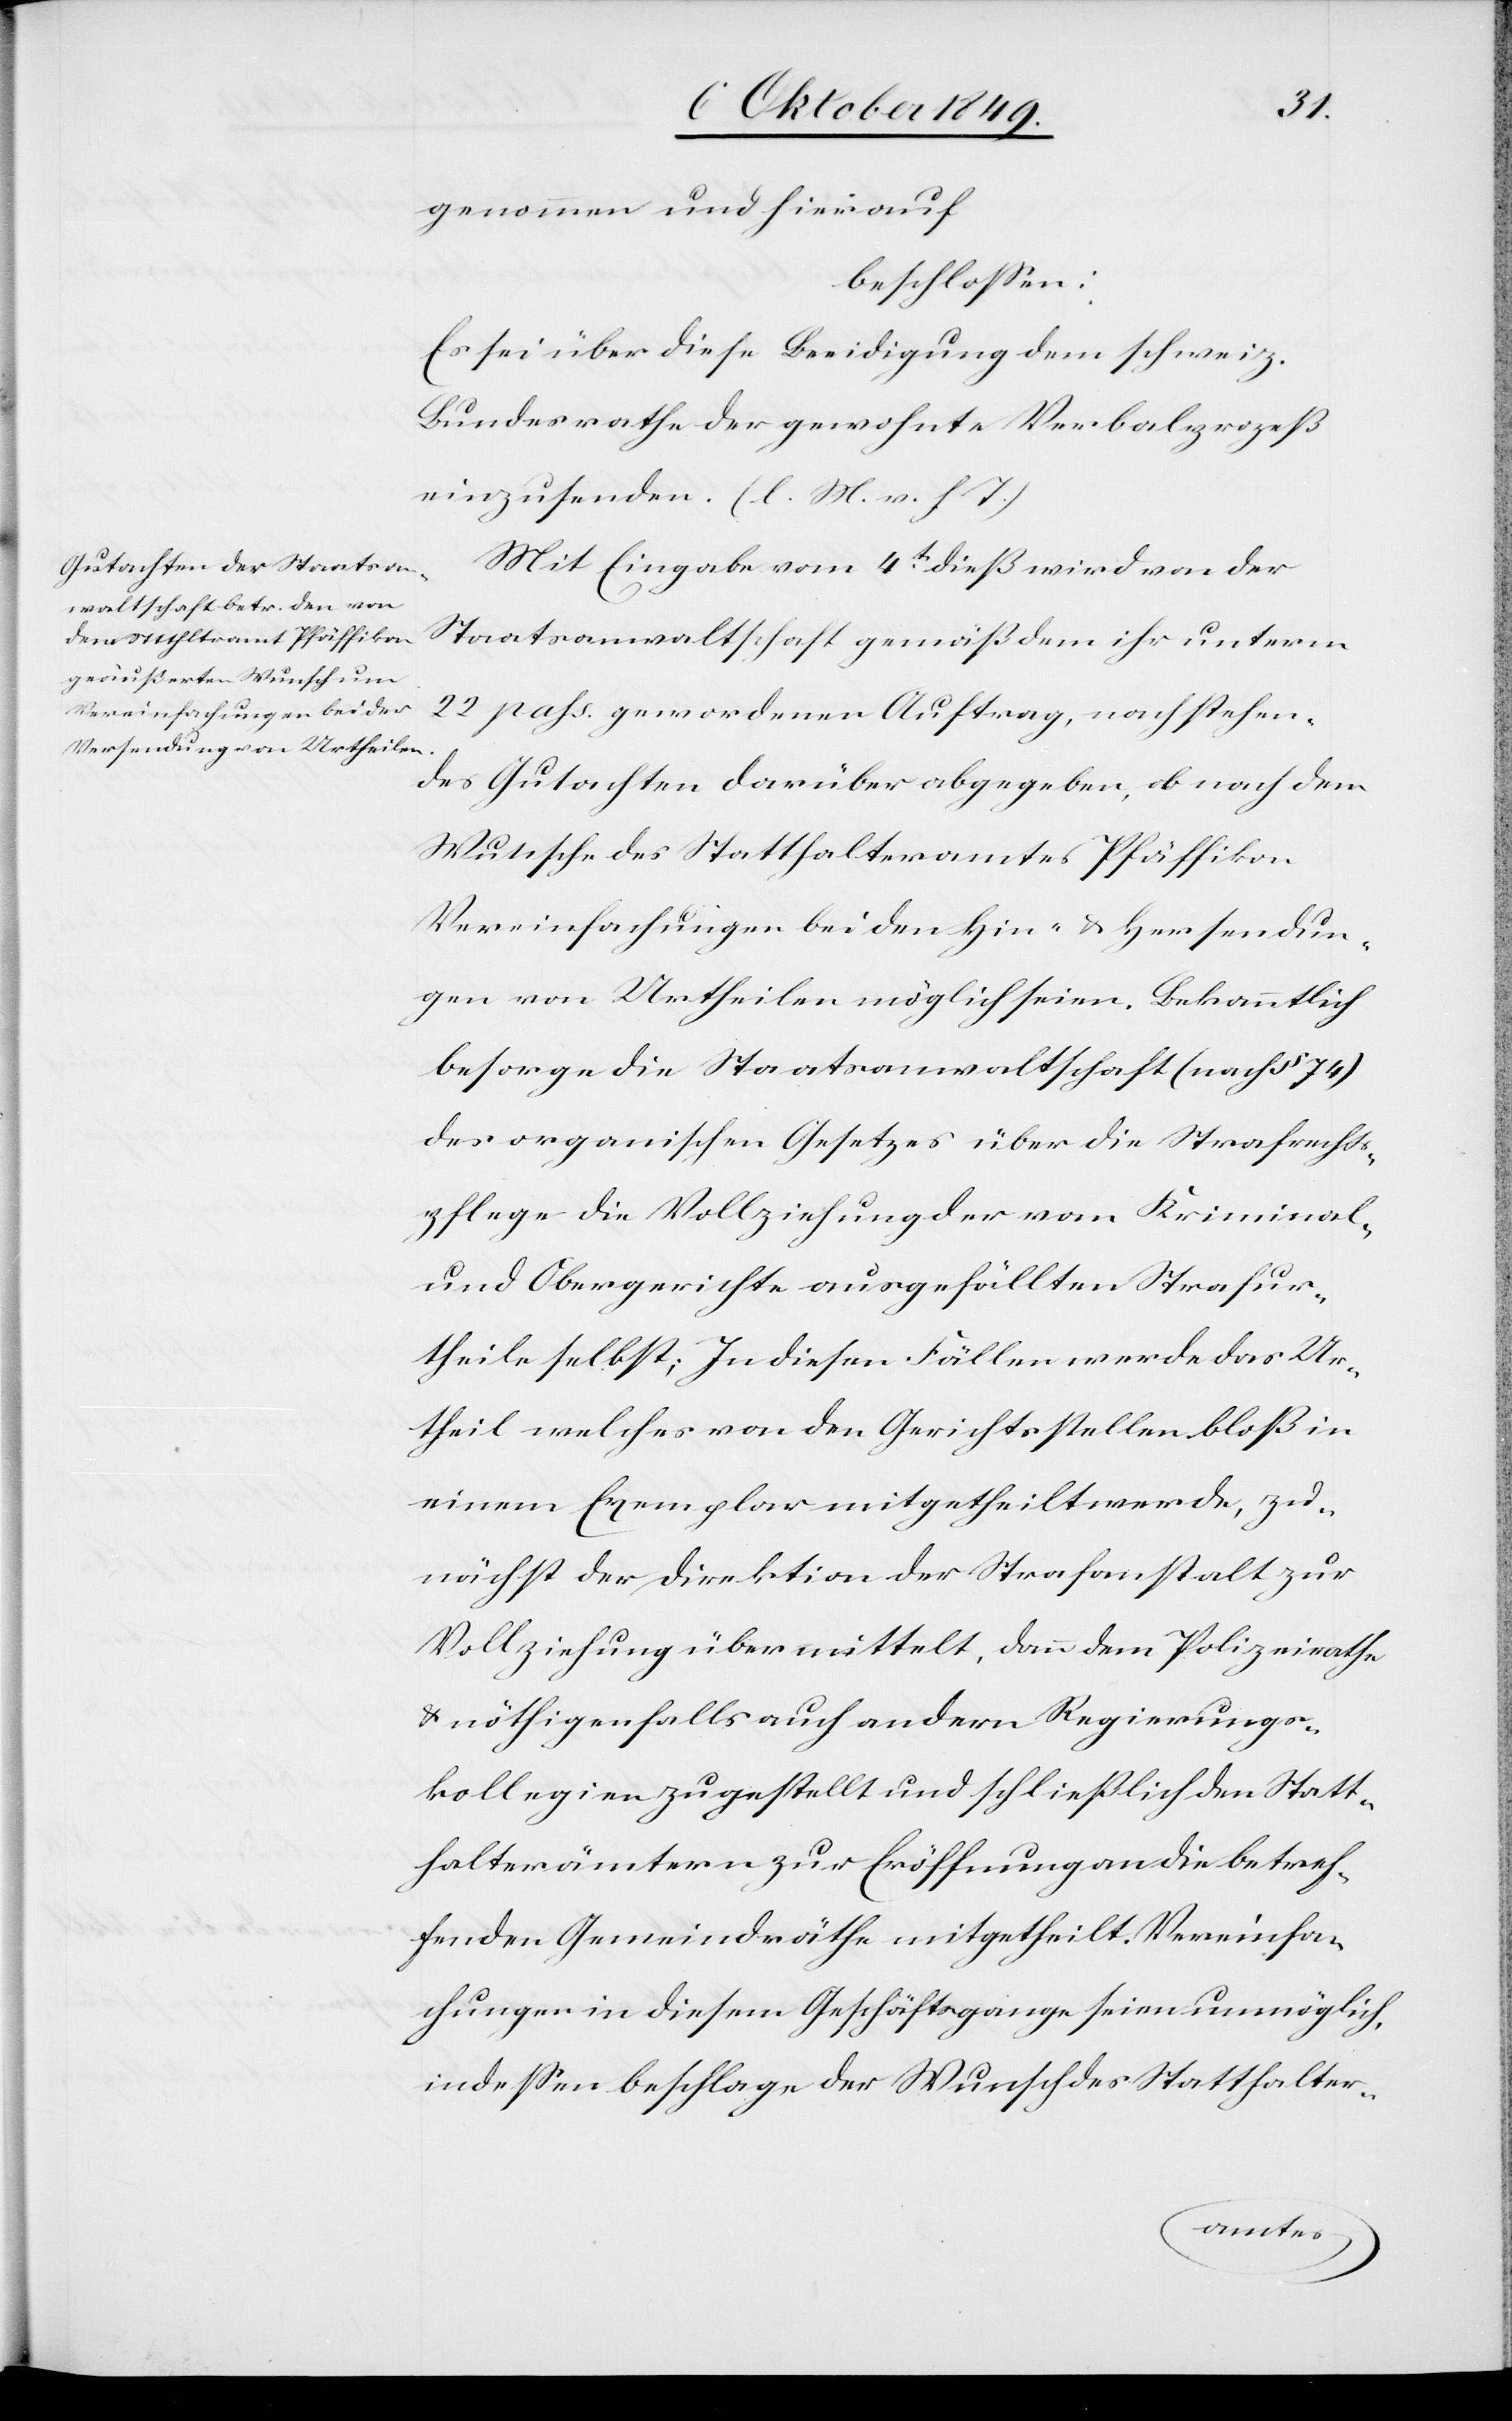
genommen und hierauf
beschloßen:
Es sei über diese Beeidigung dem schweiz.
Bundesrathe der gewohnte Verbalprozeß
einzusenden. [l. M. v. h. T]
Mit Eingabe vom 4t dieß wird von der
Staatsanwaltschaft gemäß dem ihr unterm
22 pass. gewordenen Auftrag, nachstehen¬
des Gutachten darüber abgegeben, ob nach dem
Wunsche des Statthalteramtes Pfäffikon
Vereinfachungen bei den Hin- u. Hersendun¬
gen von Urtheilen möglich seien. Bekanntlich
besorge die Staatsanwaltschaft (nach § 74)
des organischen Gesetzes über die Strafrechts¬
pflege die Vollziehung der von Kriminal-
und Obergerichte ausgefällten Strafur¬
theile selbst; In diesen Fällen werde das Ur¬
theil welches von den Gerichtsstellen bloß in
einem Exemplar mitgetheilt werde, zu¬
nächst der Direktion der Strafanstalt zur
Vollziehung übermittelt, dann dem Polizeirathe
u. nöthigenfalls auch andern Regierungs¬
kollegien zugestellt und schließlich den Statt¬
halterämtern zur Eröffnung an die betref¬
fenden Gemeindräthe mitgetheilt. Vereinfa¬
chungen in diesem Geschäftsgange seien unmöglich,
indeßen beschlage der Wunsch des Statthalter-